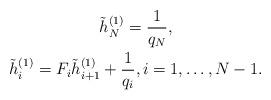
LaTeX: \begin{gather*} \tilde{h}_{N}^{( 1 )} = \frac{1}{q_{N}}, \\ \tilde{h}_{i}^{( 1 )} = F_{i} \tilde{h}_{i + 1}^{( 1 )} + \frac{1}{q_{i}}, i = 1, \dots , N - 1. \end{gather*}